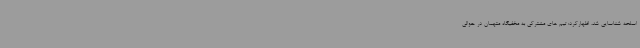
اسلحه شناسایی شد، اظهارکرد: تیم های مشترکی به مخفیگاه متهمان در حوالی